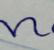
Signature authenticity: forged